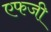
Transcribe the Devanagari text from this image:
एफजी